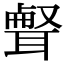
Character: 𦖥